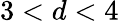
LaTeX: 3<d<4